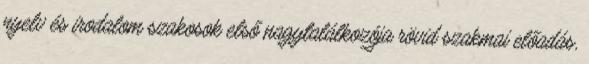
nyelv és irodalom szakosok első nagytalálkozója rövid szakmai előadás,